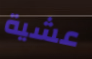
عشية